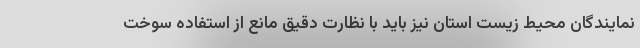
نمایندگان محیط زیست استان نیز باید با نظارت دقیق مانع از استفاده سوخت